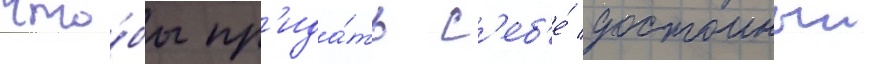
Что́бы пр'ида́ть с'еб'е́ достоиныи